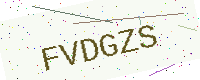
Text: FVDGZS